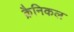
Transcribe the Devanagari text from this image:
क्रैनिकल